Indian journal of veterinary science and animal husbandry - Volumes 28-29, 1958-1959
Year: 1958
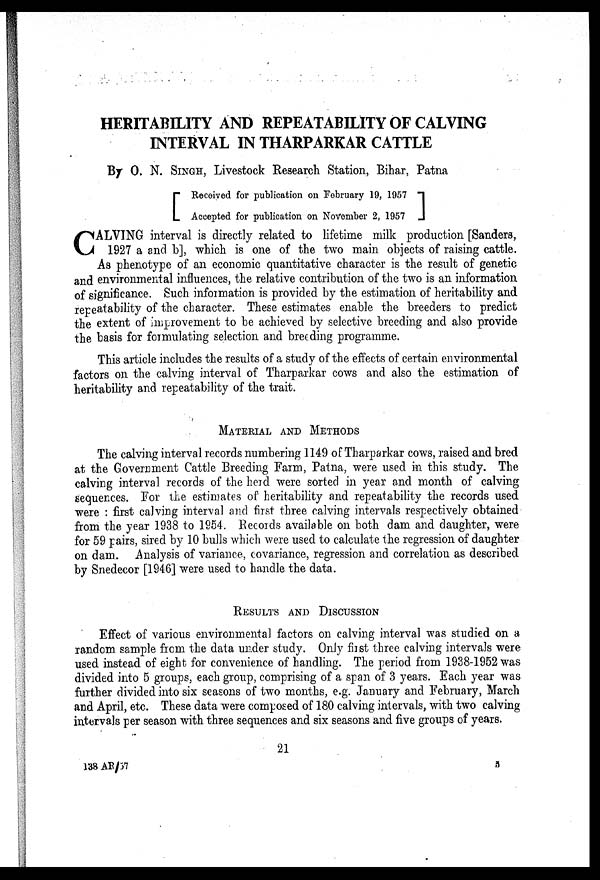
HERITABILITY AND REPEATABILITY OF CALVING
INTERVAL IN THARPARKAR CATTLE
By O. N. SINGH, Livestock Research Station, Bihar, Patna
[ Received for publication on February 19, 1957
Accepted for publication on November 2, 1957
]
C ALVING interval is directly related to lifetime milk production [Sanders,
1927 a and b], which is one of the two main objects of raising cattle.
As phenotype of an economic quantitative character is the result of genetic
and environmental influences, the relative contribution of the two is an information
of significance. Such information is provided by the estimation of heritability and
repeatability of the character. These estimates enable the breeders to predict
the extent of improvement to be achieved by selective breeding and also provide
the basis for formulating selection and breeding programme.
This article includes the results of a study of the effects of certain environmental
factors on the calving interval of Tharparkar cows and also the estimation of
heritability and repeatability of the trait.
MATERIAL AND METHODS
The calving interval records numbering 1149 of Tharparkar cows, raised and bred
at the Government Cattle Breeding Farm, Patna, were used in this study. The
calving interval records of the herd were sorted in year and month of calving
sequences. For the estimates of heritability and repeatability the records used
were : first calving interval and first three calving intervals respectively obtained
from the year 1938 to 1954. Records available on both dam and daughter, were
for 59 pairs, sired by 10 bulls which were used to calculate the regression of daughter
on dam. Analysis of variance, covariance, regression and correlation as described
by Snedecor [1946] were used to handle the data.
RESULTS AND DISCUSSION
Effect of various environmental factors on calving interval was studied on a
random sample from the data under study. Only first three calving intervals were
used instead of eight for convenience of handling. The period from 1938-1952 was
divided into 5 groups, each group, comprising of a span of 3 years. Each year was
further divided into six seasons of two months, e.g. January and February, March
and April, etc. These data were composed of 180 calving intervals, with two calving
intervals per season with three sequences and six seasons and five groups of years.
21
138 AR/57
5